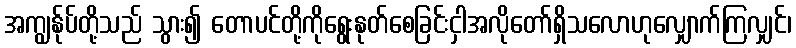
အကျွန်ုပ်တို့သည် သွား၍ တောပင်တို့ကိုရွေးနုတ်စေခြင်းငှါအလိုတော်ရှိသလောဟုလျှောက်ကြလျှင်၊